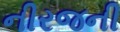
નીરજની